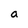
Character: a